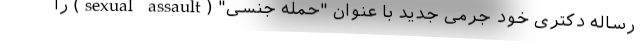
رساله دکتری خود جرمی جدید با عنوان "حمله جنسی" (sexual assault) را